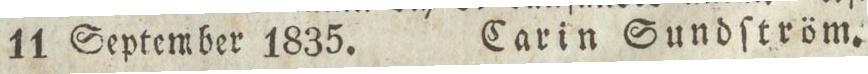
11 September 1835.    Carin Sundſtröm.